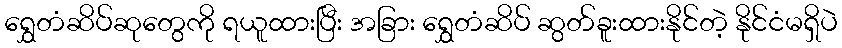
ရွှေတံဆိပ်ဆုတွေကို ရယူထားပြီး အခြား ရွှေတံဆိပ် ဆွတ်ခူးထားနိုင်တဲ့ နိုင်ငံမရှိပဲ